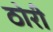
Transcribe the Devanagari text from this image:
ठोरी